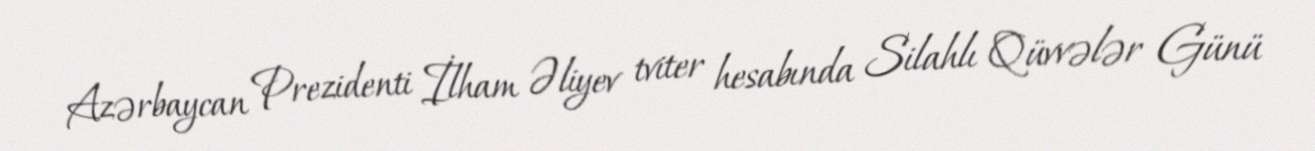
Azərbaycan Prezidenti İlham Əliyev tviter hesabında Silahlı Qüvvələr Günü